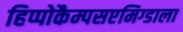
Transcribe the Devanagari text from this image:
हिप्पोकैम्पसएमिग्डाला